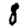
Digit: 8